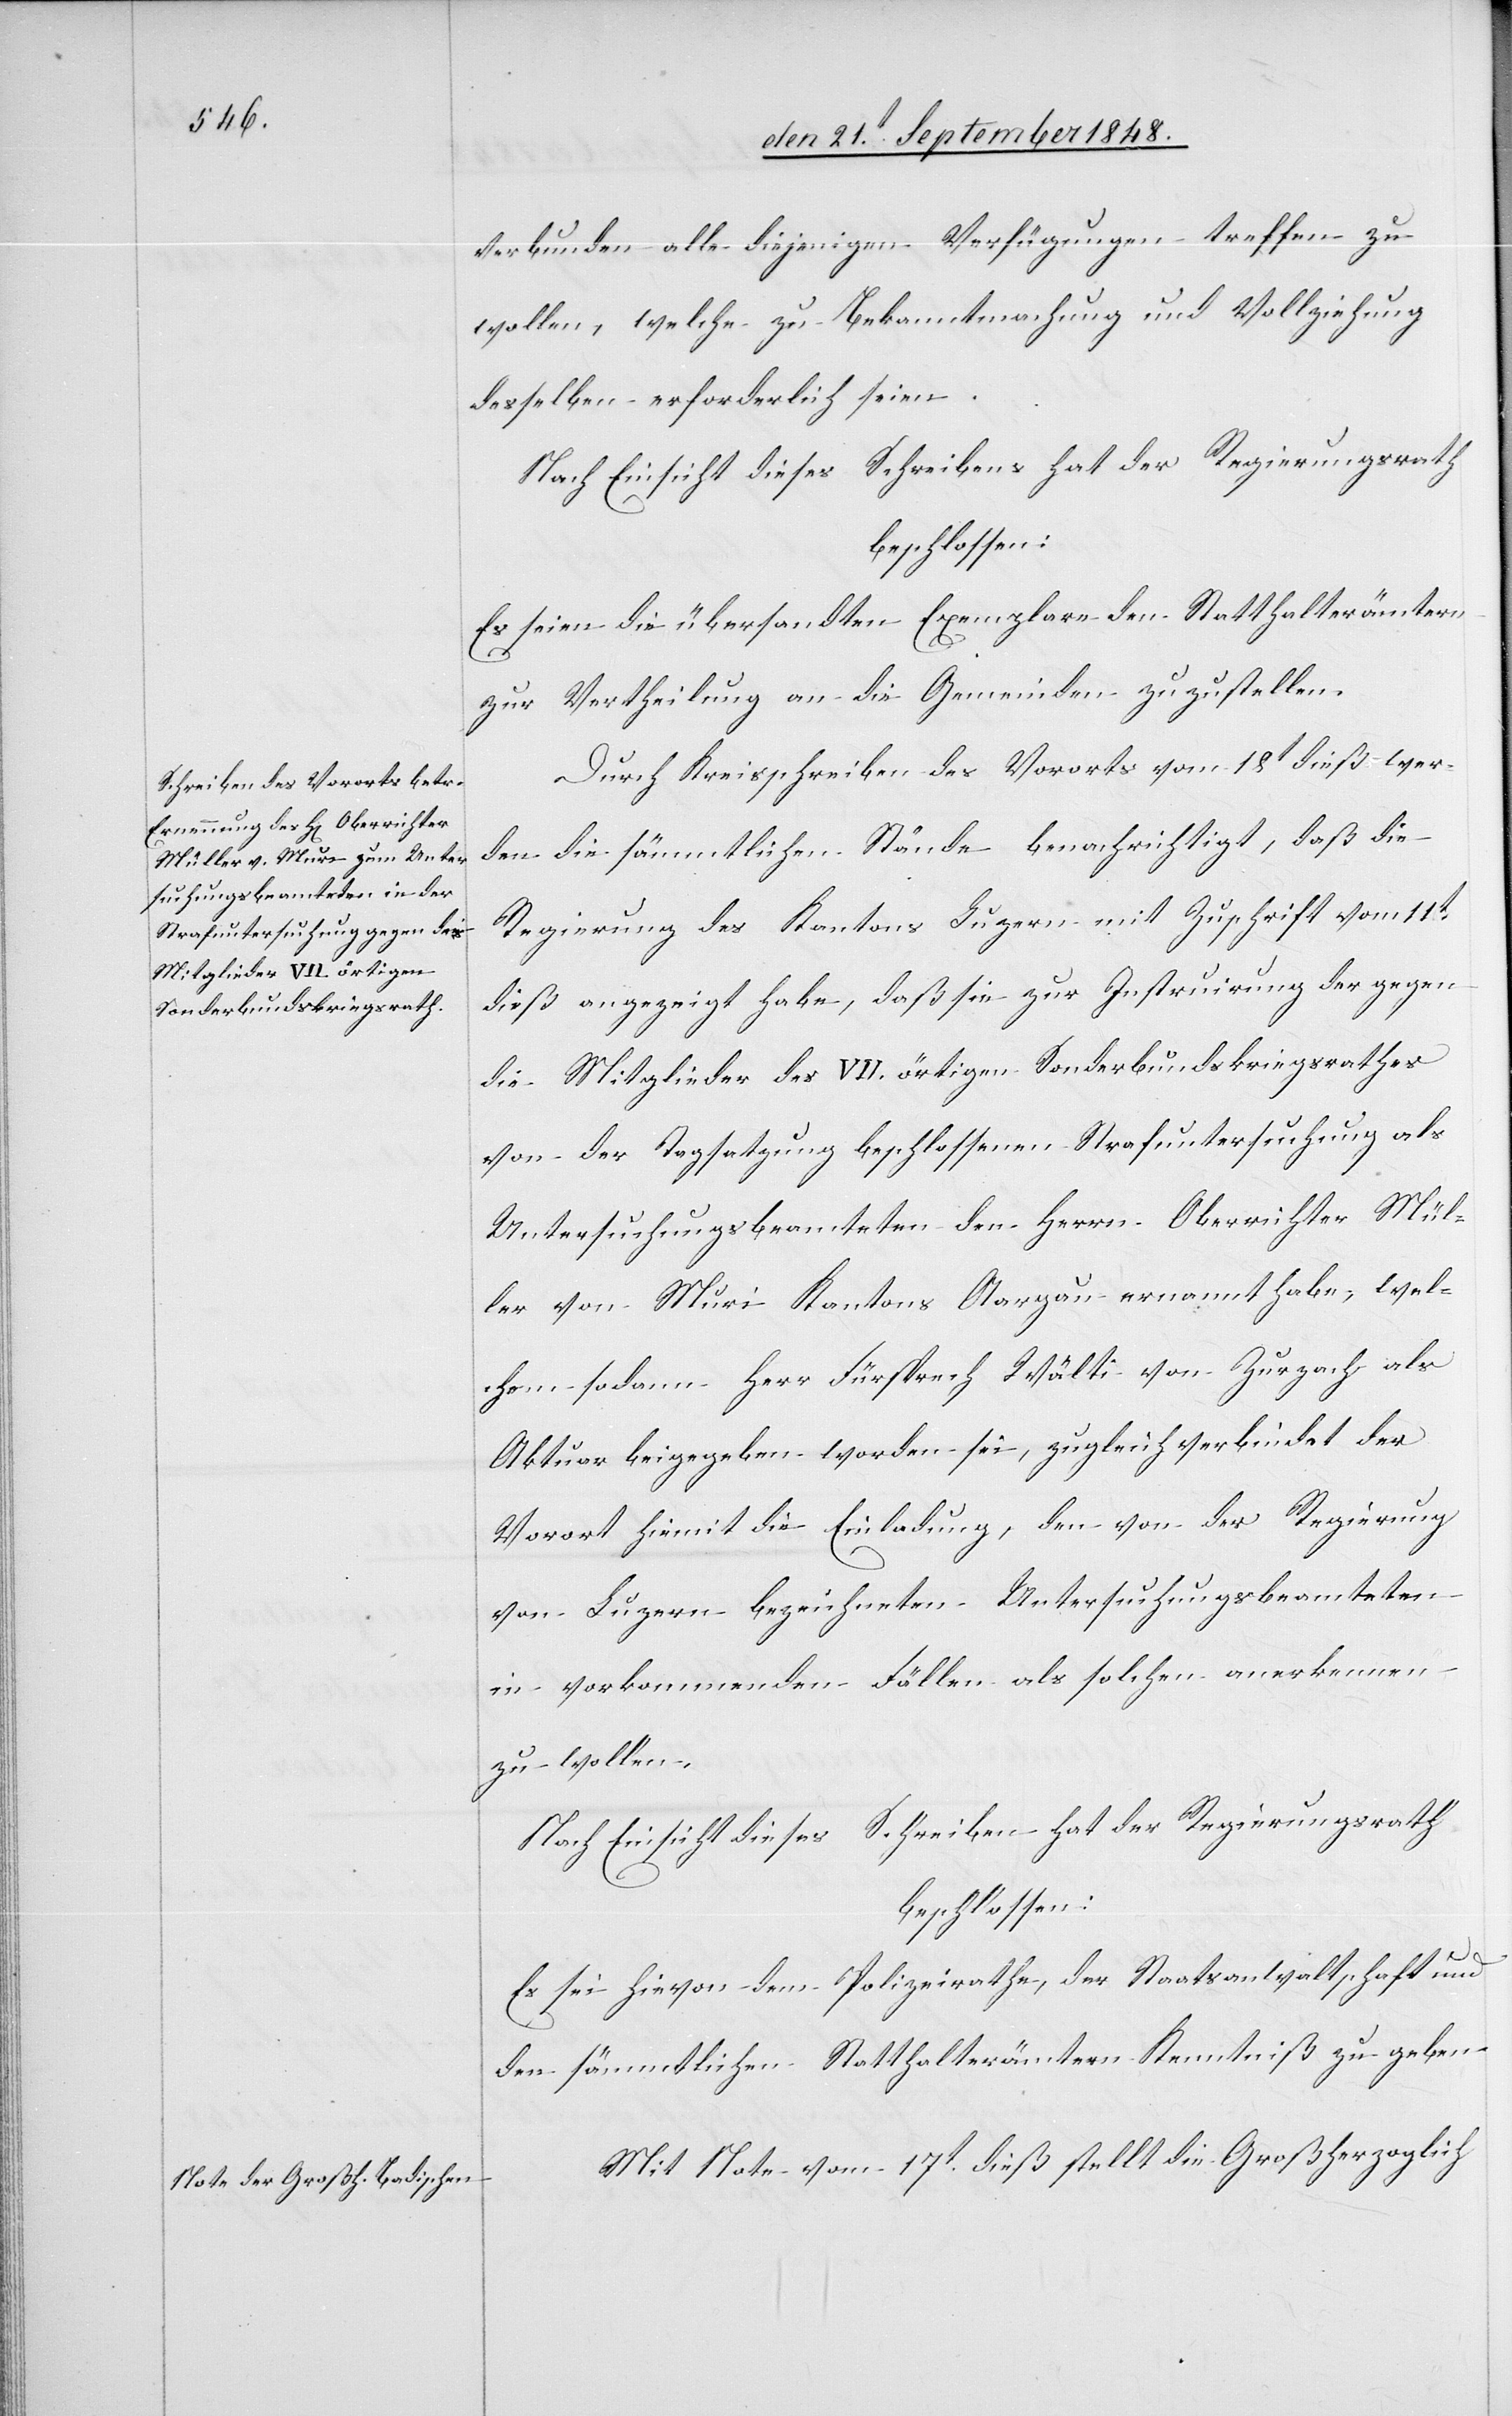
verbunden alle diejenigen Verfügungen treffen zu
wollen, welche zu Bekanntmachung und Vollziehung
desselben erforderlich seien.
Nach Einsicht dieses Schreibens hat der Regierungsrath
beschlossen:
Es seien die übersandten Exemplare den Statthalterämtern
zur Vertheilung an die Gemeinden zuzustellen.
Durch Kreisschreiben des Vororts vom 18t dieß wer¬
den die sämmtlichen Stände benachrichtigt, daß die
Regierung des Kantons Luzern mit Zuschrift vom 11t
dieß angezeigt habe, daß sie zur Instruirung der gegen
die Mitglieder des VII. örtigen Sonderbundskriegsrathes
von der Tagatzung beschlossenen Strafuntersuchung als
Untersuchungsbeamteten den Herrn Oberrichter Mül¬
ler von Muri Kantons Aargau ernannt habe, wel¬
chem sodann Herr Fürsprech Wälti von Zurzach als
Aktuar beigegeben worden sei, zugleich verbindet der
Vorort hiemit die Einladung, den von der Regierung
von Luzern bezeichneten Untersuchungsbeamteten
in vorkommenden Fällen als solchen anerkennen
zu wollen.
Nach Einsicht dieses Schreiben hat der Regierungsrath
beschlossen:
Es sei hievon dem Polizeirathe, der Staatsanwaltschaft und
den sämmtlichen Statthalterämtern Kenntniß zu geben.
Mit Note vom 17t dieß stellt die Großherzoglich